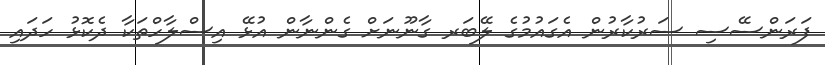
ފަރަންސޭސި ސަރުކާރުން އެގައުމުގެ ލޭބަރ ގާނޫނަށް ގެންނާން އުޅޭ އިސްލާހްތަކާ ދެކޮޅު ހަދައި